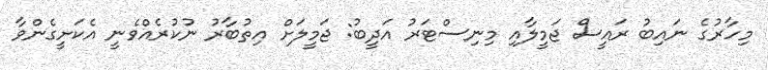
މިހާރުގެ ނައިބު ރައީސް ޖަމީލާއި މިނިސްޓަރު އަދީބު: ޖަމީލަށް އިތުބާރު ނުކުރެއްވެނީ އެކަށީގެންވާ